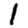
Digit: 1